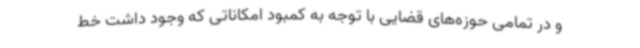
و در تمامی حوزه‌های قضایی با توجه به کمبود امکاناتی که وجود داشت خط